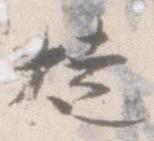
焼